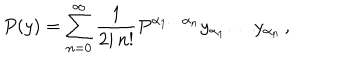
P ( y ) = \sum _ { n = 0 } ^ { \infty } \frac { 1 } { 2 i \, n ! } P ^ { \alpha _ { 1 } \ldots \alpha _ { n } } y _ { \alpha _ { 1 } } \ldots y _ { \alpha _ { n } } \, ,